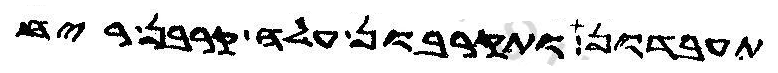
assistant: תעבדון ותקרבון עלה קרבן ריח